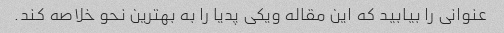
عنوانی را بیابید که این مقاله ویکی پدیا را به بهترین نحو خلاصه کند.